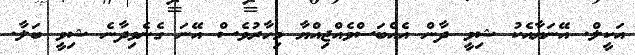
އަކީލް. އޭނަޔާއެކު ޝިވީ ދާން އެއްބަސްވެއްޖިއްޔާ މިހާރުވެސް އޭނަ ގެނެވިދާނެ ޝިވީ ބަލާ.